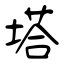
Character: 塔